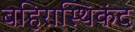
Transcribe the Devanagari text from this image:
बहिरास्थिकंद